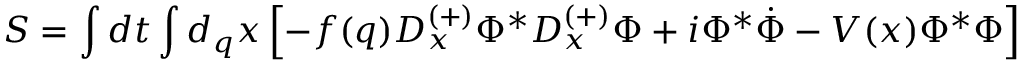
S = \int d t \int d _ { q } x \left[ - f ( q ) D _ { x } ^ { ( + ) } \Phi ^ { \ast } D _ { x } ^ { ( + ) } \Phi + i \Phi ^ { \ast } \dot { \Phi } - V ( x ) \Phi ^ { \ast } \Phi \right]